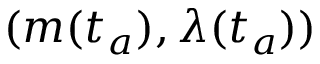
( m ( t _ { a } ) , \lambda ( t _ { a } ) )